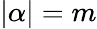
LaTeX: |\alpha|=m